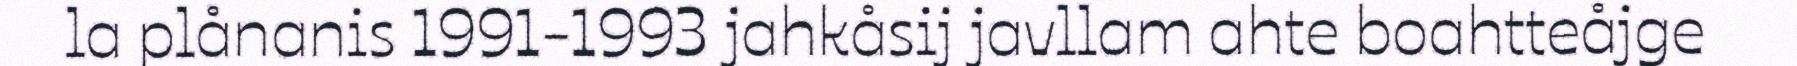
la plånanis 1991-1993 jahkåsij javllam ahte boahtteåjge